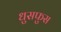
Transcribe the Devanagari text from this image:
धुसफुस